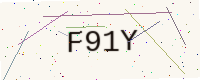
Text: F91Y